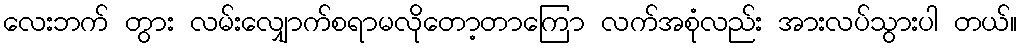
လေးဘက် တွား လမ်းလျှောက်စရာမလိုတော့တာကြော လက်အစုံလည်း အားလပ်သွားပါ တယ်။